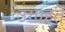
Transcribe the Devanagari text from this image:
उगाहते